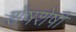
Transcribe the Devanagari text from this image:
शेषशेषी